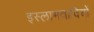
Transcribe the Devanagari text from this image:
इस्लामवादियों